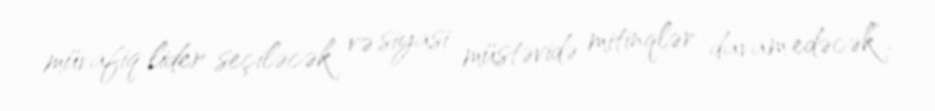
müvafiq lider seçiləcək və siyasi müstəvidə mitinqlər davam edəcək”.